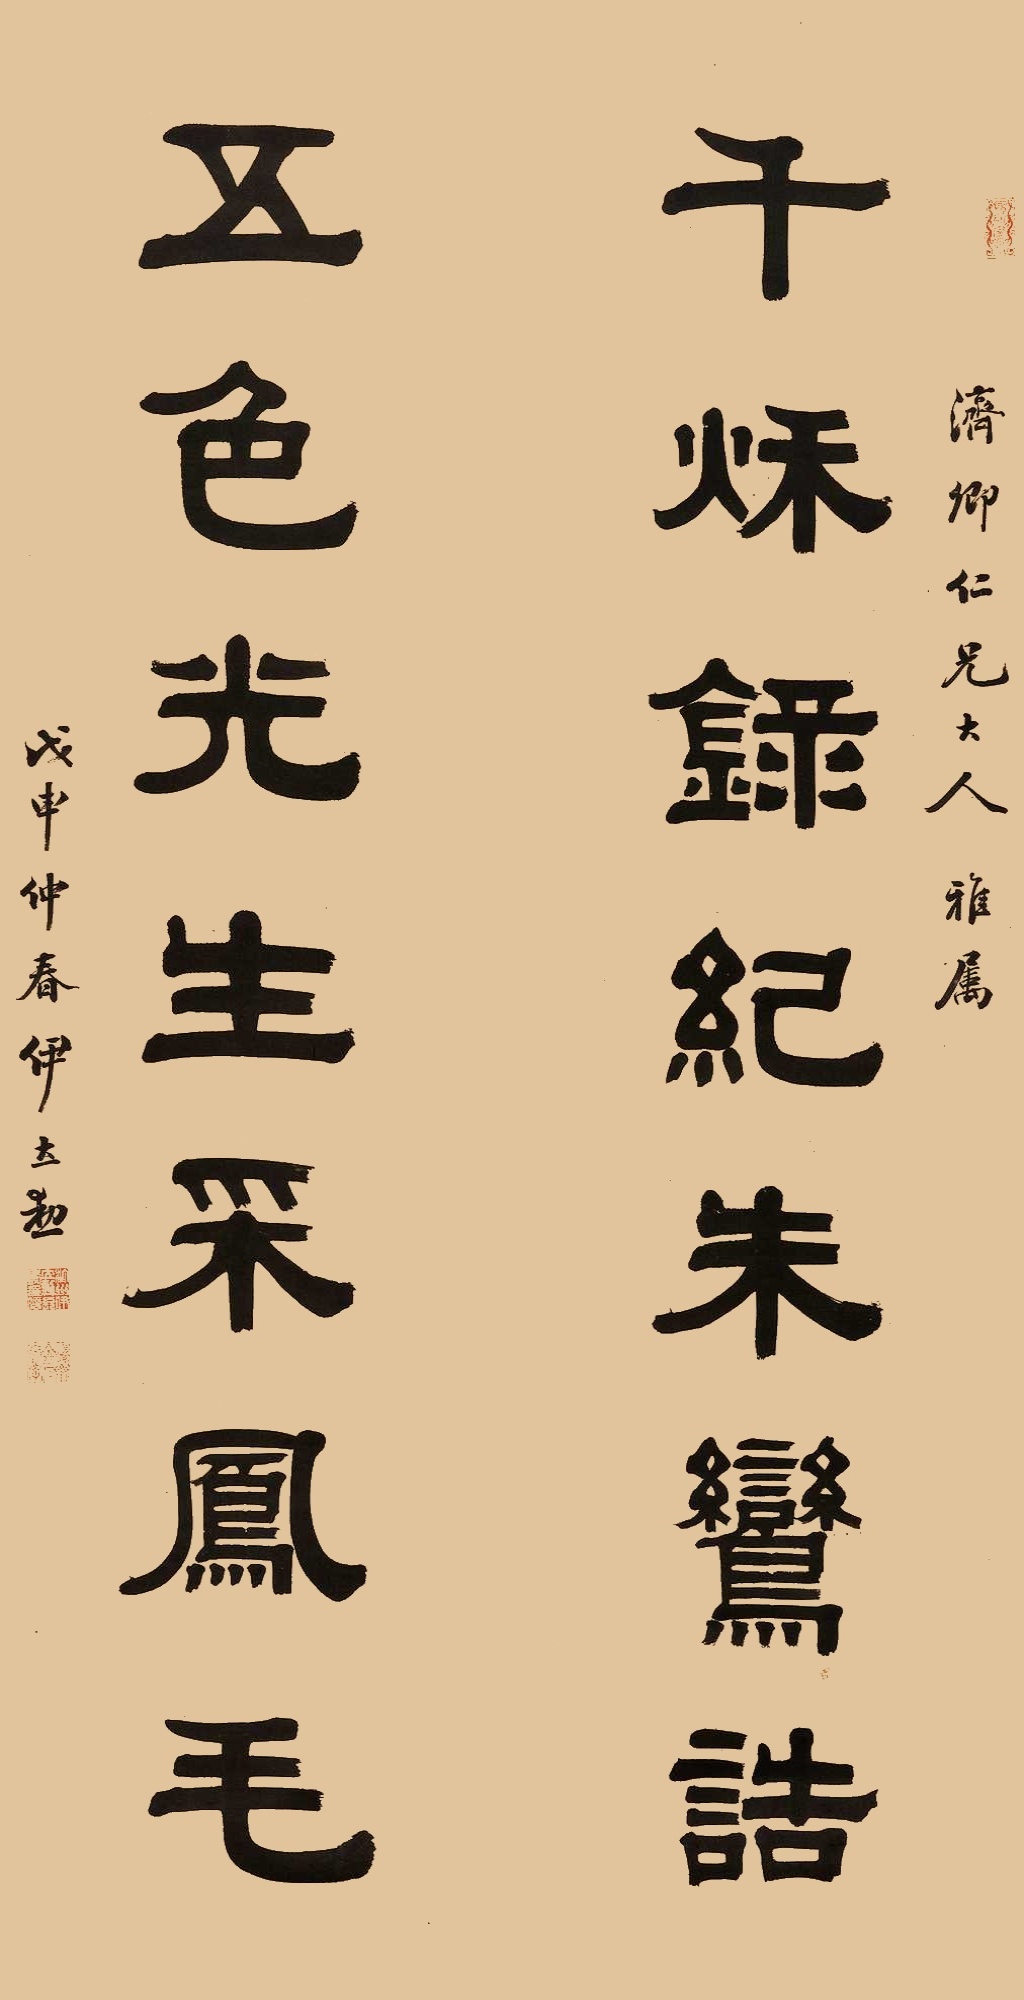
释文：千秋录纪朱鸾诰，五色光生彩凤毛。济卿仁兄大人雅属，戊申仲春，伊立勋。